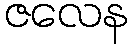
ဇလေန